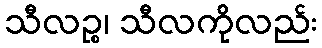
သီလဉ္စ၊ သီလကိုလည်း